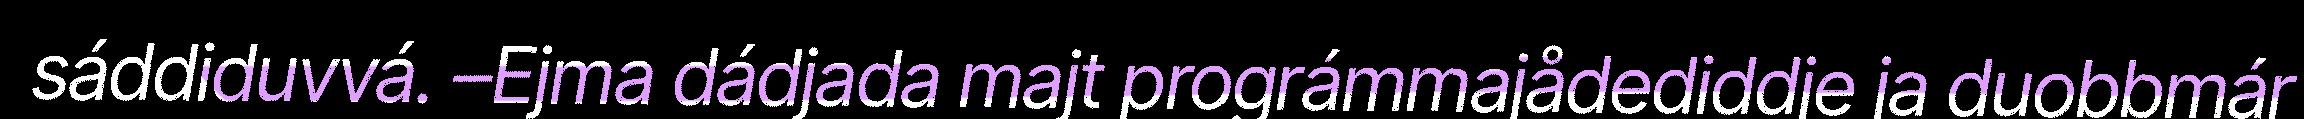
sáddiduvvá. –Ejma dádjada majt prográmmajådediddje ja duobbmár